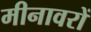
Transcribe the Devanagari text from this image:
मीनावरों